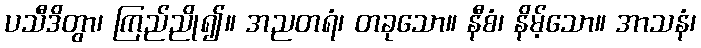
ပသီဒိတွာ၊ ကြည်ညို၍။ အညတရံ၊ တခုသော။ နီစံ၊ နိမ့်သော။ အာသနံ၊